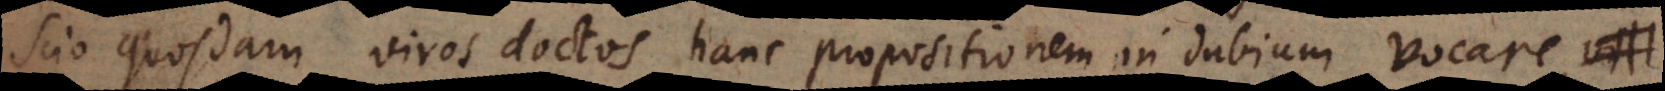
Scio quosdam viros doctos hanc propositionem in dubium vocare, vi